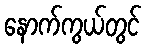
နောက်ကွယ်တွင်